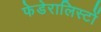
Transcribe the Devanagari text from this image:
फेडेरालिस्टों